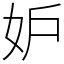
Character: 妒